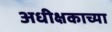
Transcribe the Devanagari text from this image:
अधीक्षकाच्या